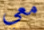
معي